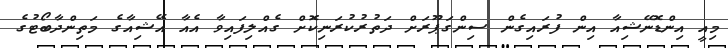
މިއީ އިންޑޮނޭޝިއާ އިން ފުރައިގެން ސިންގަޕޫރަށް ދަތުރުކުރަނިކޮށް ގެއްލިފައިވާ އެއާ އޭޝިއާގެ މަތިންދާބޯޓުގެ